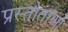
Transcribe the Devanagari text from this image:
प्रस्तोताओं